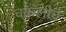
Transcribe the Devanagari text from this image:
चकलीचे